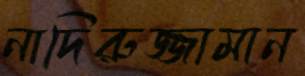
নাদিরুজ্জামান